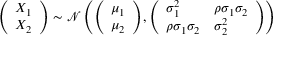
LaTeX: { \left( \begin{array} { l } { X _ { 1 } } \\ { X _ { 2 } } \end{array} \right) } \sim { \mathcal { N } } \left( { \left( \begin{array} { l } { \mu _ { 1 } } \\ { \mu _ { 2 } } \end{array} \right) } , { \left( \begin{array} { l l } { \sigma _ { 1 } ^ { 2 } } & { \rho \sigma _ { 1 } \sigma _ { 2 } } \\ { \rho \sigma _ { 1 } \sigma _ { 2 } } & { \sigma _ { 2 } ^ { 2 } } \end{array} \right) } \right)